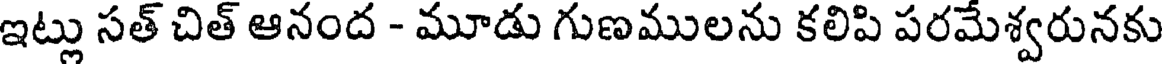
ఇట్లు సత్ చిత్ ఆనంద - మూడు గుణములను కలిపి పరమేశ్వరునకు